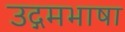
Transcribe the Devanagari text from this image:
उद्गमभाषा